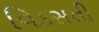
વિકસતી